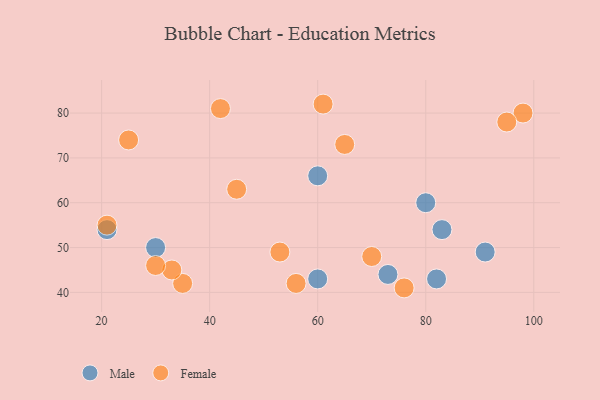
{"axis": {"x": "GDP", "y": "Life Expectancy"}, "legend": ["Female", "Male"], "data": [{"x": "60", "y": 66, "type": "Male"}, {"x": "30", "y": 50, "type": "Male"}, {"x": "80", "y": 60, "type": "Male"}, {"x": "21", "y": 54, "type": "Male"}, {"x": "73", "y": 44, "type": "Male"}, {"x": "60", "y": 43, "type": "Male"}, {"x": "91", "y": 49, "type": "Male"}, {"x": "83", "y": 54, "type": "Male"}, {"x": "82", "y": 43, "type": "Male"}, {"x": "35", "y": 42, "type": "Female"}, {"x": "21", "y": 55, "type": "Female"}, {"x": "53", "y": 49, "type": "Female"}, {"x": "33", "y": 45, "type": "Female"}, {"x": "65", "y": 73, "type": "Female"}, {"x": "42", "y": 81, "type": "Female"}, {"x": "76", "y": 41, "type": "Female"}, {"x": "61", "y": 82, "type": "Female"}, {"x": "98", "y": 80, "type": "Female"}, {"x": "95", "y": 78, "type": "Female"}, {"x": "45", "y": 63, "type": "Female"}, {"x": "56", "y": 42, "type": "Female"}, {"x": "30", "y": 46, "type": "Female"}, {"x": "25", "y": 74, "type": "Female"}, {"x": "70", "y": 48, "type": "Female"}]}